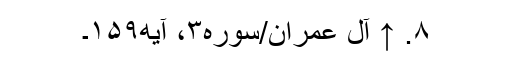
۸. ↑ آل عمران/سوره۳، آیه۱۵۹۔